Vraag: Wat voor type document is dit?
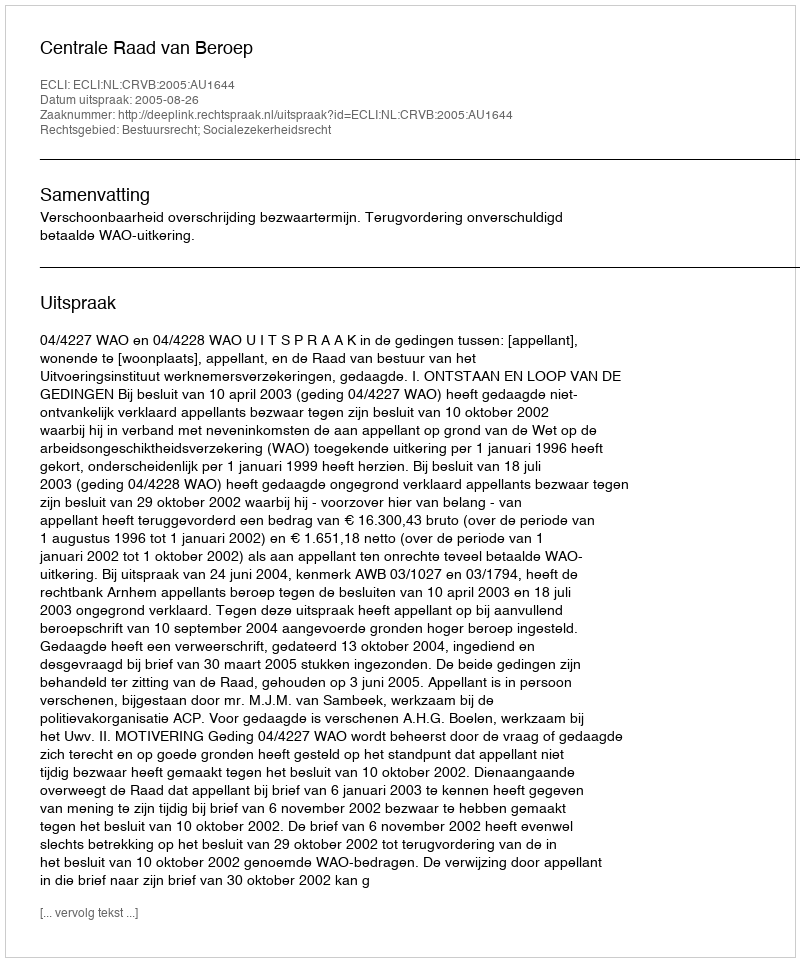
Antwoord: Uitspraak